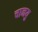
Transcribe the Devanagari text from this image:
चानयु